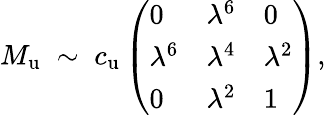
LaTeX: M_{\mathrm{u}}\; \sim\; c_{\mathrm{u}}\left(\begin{array}{lll}{{0}}&{{\lambda^{6}}}&{{0}}\\ {{\lambda^{6}}}&{{\lambda^{4}}}&{{\lambda^{2}}}\\ {{0}}&{{\lambda^{2}}}&{{1}}\end{array}\right),